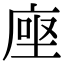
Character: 𫝷